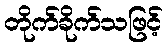
တိုက်ခိုက်သဖြင့်